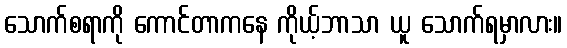
သောက်စရာကို ကောင်တာကနေ ကိုယ့်ဘာသာ ယူ သောက်ရမှာလား။